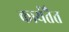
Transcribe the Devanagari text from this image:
कार्यतैत